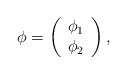
\begin{align*}\phi =\left(\begin{array}{c}\phi _1 \\\phi _2 \\\end{array}\right),\end{align*}